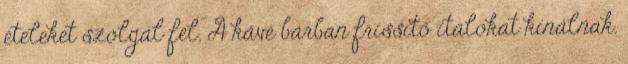
ételeket szolgál fel. A kávé bárban frissítő italokat kínálnak.